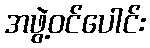
အဖွဲ့ဝင်ပေါင်း